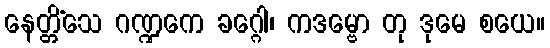
နေတ္တိံသေ ဂဏ္ဍကေ ခဂ္ဂေါ၊ ကဒမ္ဗော တု ဒုမေ စယေ။